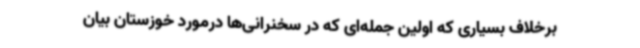
برخلاف بسیاری که اولین جمله‌ای که در سخنرانی‌ها درمورد خوزستان بیان